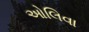
ઓલિવા